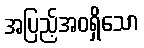
အပြည့်အဝရှိသော